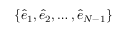
\{ \hat { e } _ { 1 } , \hat { e } _ { 2 } , \dots , \hat { e } _ { N - 1 } \}